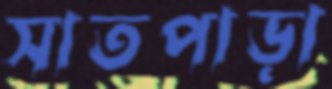
সাতপাড়া